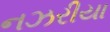
નઝરીયા